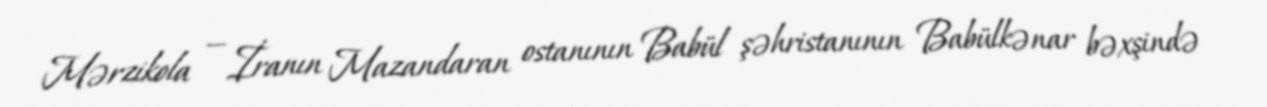
Mərzikola — İranın Mazandaran ostanının Babül şəhristanının Babülkənar bəxşində